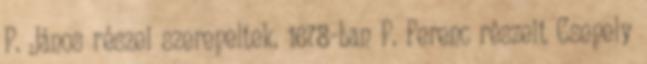
P. János részei szerepeltek. 1678-ban P. Ferenc részeit Csepely